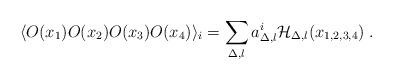
LaTeX: \begin{align*}\langle O(x_1)O(x_2)O(x_3)O(x_4)\rangle_{i}=\sum_{\Delta, l} a_{\Delta, l}^{i}{\cal H}_{\Delta, l}(x_{1,2,3,4})\; .\end{align*}